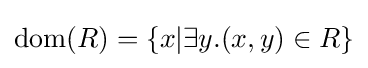
{\text{dom}}(R)=\{x|\exists y.(x,y)\in R\}